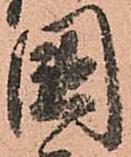
國